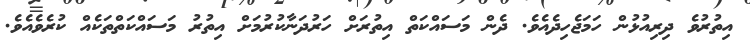
އިތުރުވެ ދިރިއުޅުން ހަމަޖެހިދެއެވެ. ދެން މަސައްކަތް އިތުރަށް ހަރުދަނާކުރުމަށް އިތުރު މަސައްކަތްތަކެއް ކުރެވެއެވެ.